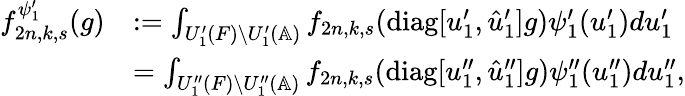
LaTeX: \begin{array}{rl}{f_{2n,k,s}^{\psi_{1}^{\prime}}(g)}&{:=\int_{U_{1}^{\prime}(F)\backslash U_{1}^{\prime}(\mathbb{A})}f_{2n,k,s}(\mathrm{diag}[u_{1}^{\prime},\hat{u}_{1}^{\prime}]g)\psi_{1}^{\prime}(u_{1}^{\prime})du_{1}^{\prime}}\\ &{=\int_{U_{1}^{\prime\prime}(F)\backslash U_{1}^{\prime\prime}(\mathbb{A})}f_{2n,k,s}(\mathrm{diag}[u_{1}^{\prime\prime},\hat{u}_{1}^{\prime\prime}]g)\psi_{1}^{\prime\prime}(u_{1}^{\prime\prime})du_{1}^{\prime\prime},}\end{array}